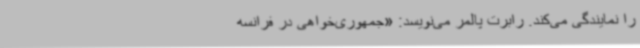
را نمایندگی می‌کند. رابرت پالمر می‌نویسد: «جمهوری‌خواهی در فرانسه